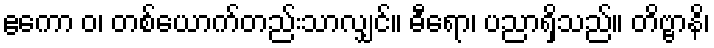
ဧကော ဝ၊ တစ်ယောက်တည်းသာလျှင်။ ဓီရော၊ ပညာရှိသည်။ တိဗ္ဗာနိ၊